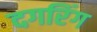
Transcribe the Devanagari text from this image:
दगरिंग